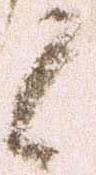
候